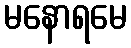
မနောရမေ